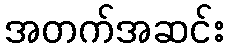
အတက်အဆင်း